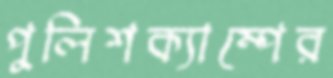
পুলিশক্যাম্পের